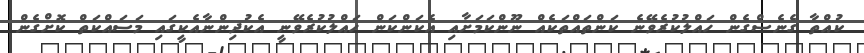
ކުއްތާ ގެނެސްގެން ހައްލުކުރެވޭނެ ކަންތައްތަކެއް ނޫންކަމަށާއި އެކަންކަން ހައްލުކުރެވޭނީ އެކުދިންނާއެކީގައި މަސައްކަތް ކޮށްގެން